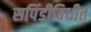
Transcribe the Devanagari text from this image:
सपिंडीविधीत